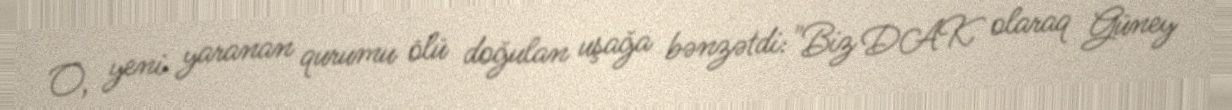
O, yeni yaranan qurumu ölü doğulan uşağa bənzətdi:"Biz DAK olaraq Güney